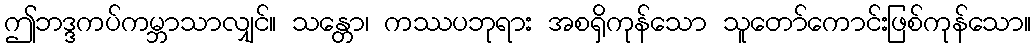
ဤဘဒ္ဒကပ်ကမ္ဘာသာလျှင်။ သန္တော၊ ကဿပဘုရား အစရှိကုန်သော သူတော်ကောင်းဖြစ်ကုန်သော။